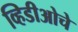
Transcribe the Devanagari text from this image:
व्हिडीओचे